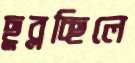
ছুব্‌লচ্ছিলে